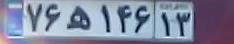
۷۶ه۱۴۶۱۳